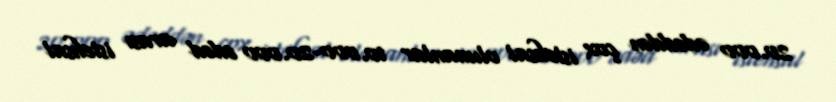
20.000 ədəddən çox istehsal olunanlar 10.000-20.000 ədəd arası istehsal